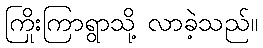
ကြိုးကြာရွာသို့ လာခဲ့သည်။